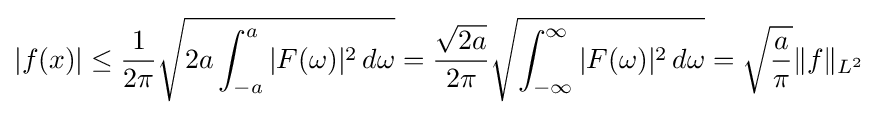
|f(x)|\leq {\frac {1}{2\pi }}{\sqrt {2a\int _{-a}^{a}|F(\omega )|^{2}\,d\omega }}={\frac {\sqrt {2a}}{2\pi }}{\sqrt {\int _{-\infty }^{\infty }|F(\omega )|^{2}\,d\omega }}={\sqrt {\frac {a}{\pi }}}\|f\|_{L^{2}}